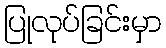
ပြုလုပ်ခြင်းမှာ